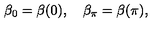
\beta _ { 0 } = \beta ( 0 ) , \quad \beta _ { \pi } = \beta ( \pi ) ,